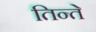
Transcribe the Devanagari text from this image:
तिन्ते